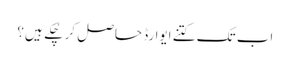
اب تک کتنے ایوارڈ حاصل کر چُکے ہیں؟